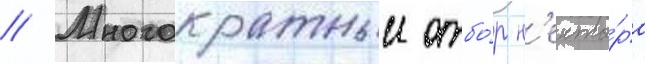
// Многократныи отбо́р н'екта́ра